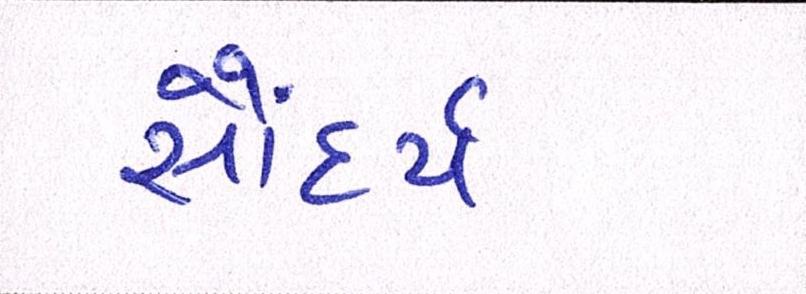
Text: સૌંદર્ય